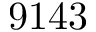
9 1 4 3